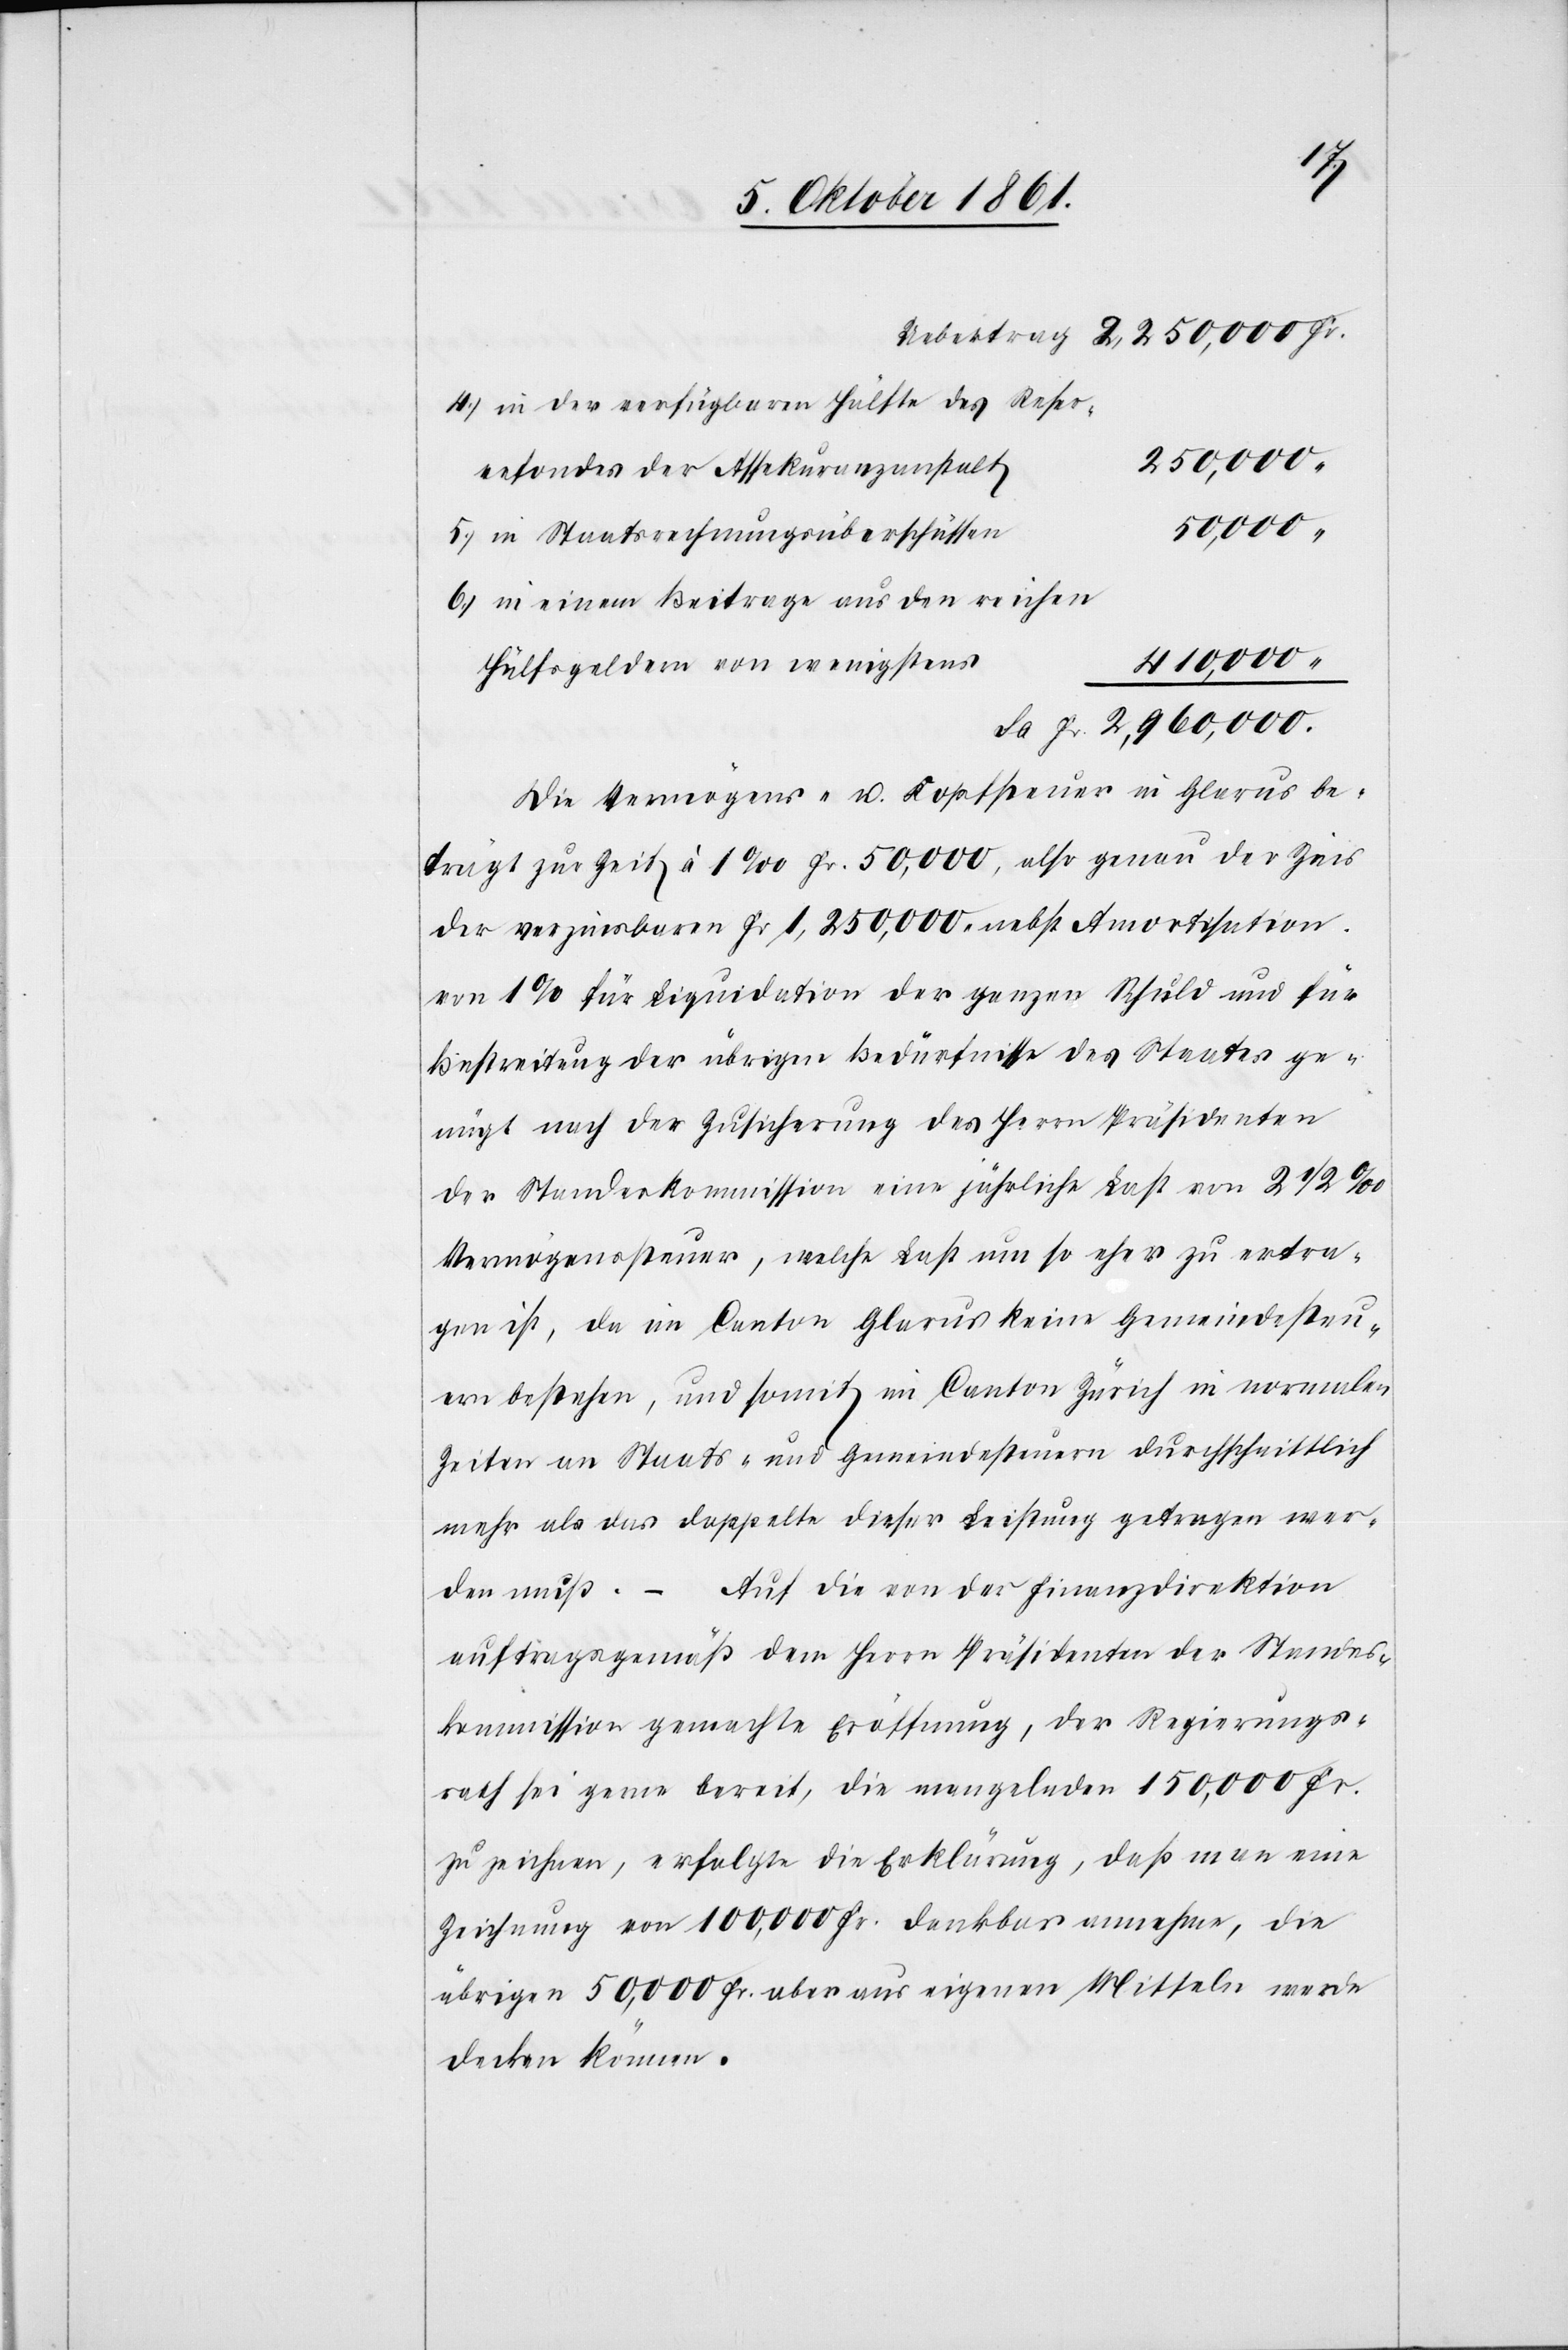
4.) in der verfügbaren Hälfte des Reser¬
50,000
5.) in Staatsrechnungsbeschlüssen
6.) in einem Beitrage aus den reichen
410,000.
Hülfsgeldern von wenigstens
2,960,000.
Fr.
Die Vermögens- u. Koststeuer in Glarus be¬
trägt zur Zeit à 1 ‰ Fr. 50,000, also genau der Zins
der verzinsbaren Fr. 1,250,000 nebst Amortisation
von 1 % für Liquidation der ganzen Schuld und für
Bestreitung der übrigen Bedürfnisse des Staates ge¬
nügt nach der Zusicherung des Herrn Präsidenten
der Standeskommission eine jährliche Last von 2 1/2 ‰
Vermögenssteuer, welche Last um so eher zu ertra¬
gen ist, da im Canton Glarus keine Gemeindesteu¬
ern bestehen, und somit im Canton Zürich in normalen
Zeiten an Staats- und Gemeindesteuern durchschnittlich
mehr als das doppelte dieser Leistung getragen wer¬
den muß. – Auf die von der Finanzdirektion
auftragsgemäß dem Herrn Präsidenten der Standes¬
kommission gemachte Eröffnung, der Regierungs¬
rath sei gerne bereit, die mangelnden 150,000 Fr.
zu zeichnen, erfolge die Erklärung, daß man eine
Zeichnung von 100,000 Fr. dankbar annehme, die
übrigen 50,000 Fr. aber aus eigenen Mitteln werde
decken können.